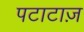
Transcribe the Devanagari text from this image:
पटाटाज़